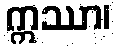
ဣဿာ၊